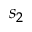
s _ { 2 }